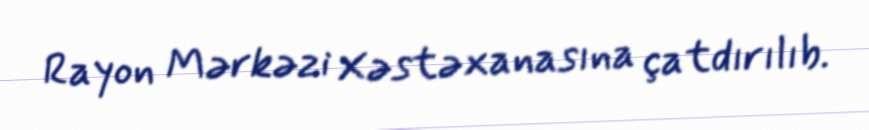
Rayon Mərkəzi Xəstəxanasına çatdırılıb.